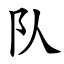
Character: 队